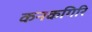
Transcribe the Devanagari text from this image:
कनकगिरि